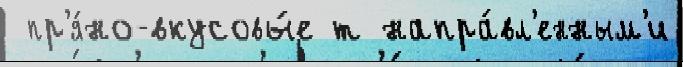
 пр'я́но-вкусовы́е т напра́вл'енным'и